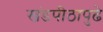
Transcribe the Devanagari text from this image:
खंडपीठापुढे